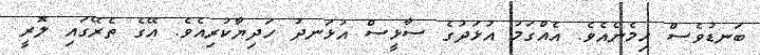
ބަނޑުވެސް ހިމެނެއެވެ. އެއްގަމު އުޅަދުގެ ސާޅީސް އުޅަނދު ހަދިޔާކުރިއެވެ. އޭގެ ތެރޭގައި ލޮރީ